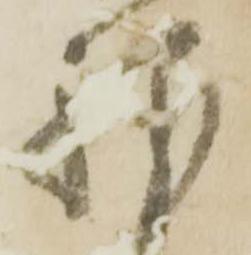
紛